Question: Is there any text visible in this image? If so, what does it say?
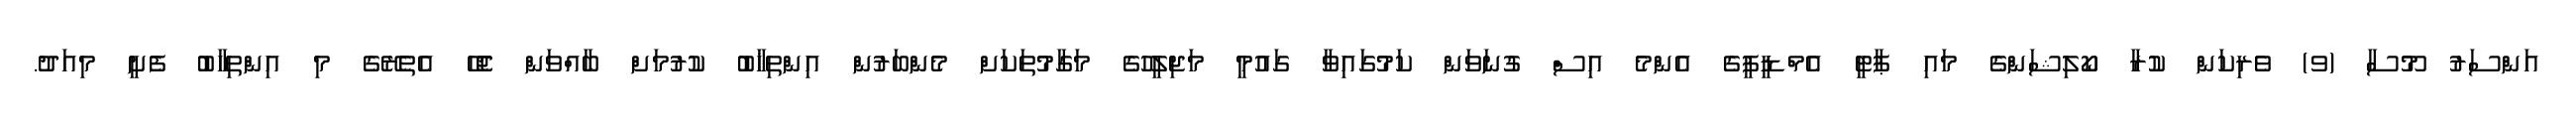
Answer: އަންސަރު މޫސާ (ވ) ވެރިކަން ކުރާ ކޯލިޝަންގެ މައި ޕާޓީ އެމްޑީޕީގެ އެންމެ އިސް ގުނަވަން ކަމުގައިވާ ގައުމީ މަޖިލީހުގެ މަގާމުތަކަށް މެންބަރުން އިންތިޚާބު ކުރުމަށް ބާއްވަން ޖެހޭ އެތެރޭގެ މި އިންތިހާބު ފެށީ މިއަދު.